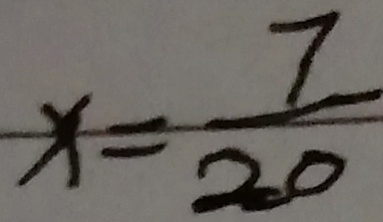
x = \frac { 7 } { 2 0 }